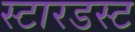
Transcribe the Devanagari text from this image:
स्‍टारडस्‍ट